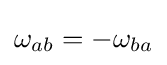
\omega _{ab}=-\omega _{ba}